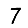
Digit: 7